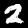
Digit: 2